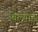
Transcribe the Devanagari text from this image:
विल्यार्ड